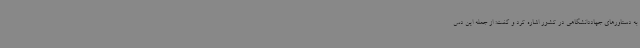
به دستاورهای جهاددانشگاهی در کشور اشاره کرد و گفت: از جمله این دس